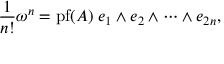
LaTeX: { \frac { 1 } { n ! } } \omega ^ { n } = \operatorname { p f } ( A ) \; e _ { 1 } \wedge e _ { 2 } \wedge \cdots \wedge e _ { 2 n } ,